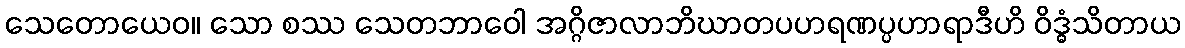
သေတောယေဝ။ သော စဿ သေတဘာဝေါ အဂ္ဂိဇာလာဘိဃာတပဟရဏပ္ပဟာရာဒီဟိ ဝိဒ္ဓံသိတာယ